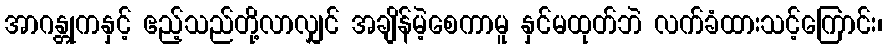
အာဂန္တုကနှင့် ဧည့်သည်တို့လာလျှင် အချိန်မဲ့စေကာမူ နှင်မထုတ်ဘဲ လက်ခံထားသင့်ကြောင်း၊